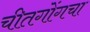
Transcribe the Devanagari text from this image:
चीतगोंगचा